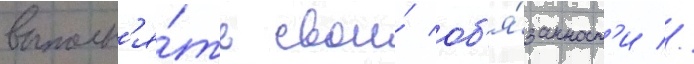
выполн'я́ть свои́ об'я́занност'и //